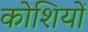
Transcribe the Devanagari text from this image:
कोशियों